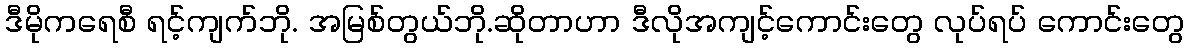
ဒီမိုကရေစီ ရင့်ကျက်ဘို. အမြစ်တွယ်ဘို.ဆိုတာဟာ ဒီလိုအကျင့်ကောင်းတွေ လုပ်ရပ် ကောင်းတွေ